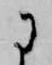
に